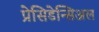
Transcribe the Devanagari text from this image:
प्रेसिडेन्सिअल